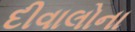
દીવાલોના